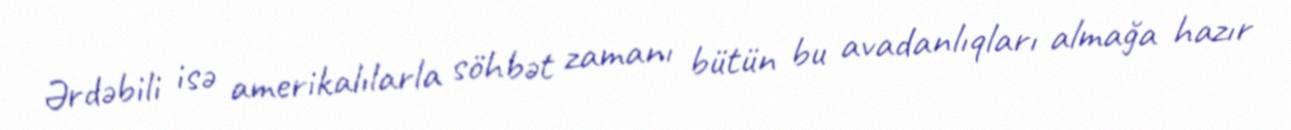
Ərdəbili isə amerikalılarla söhbət zamanı bütün bu avadanlıqları almağa hazır